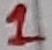
Text: 1